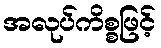
အလုပ်ကိစ္စဖြင့်